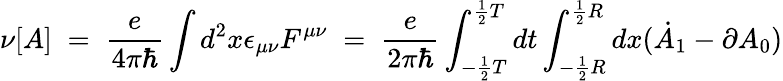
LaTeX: \nu[A]\; =\; \frac{e}{4\pi\hbar}\int d^{2}x\epsilon_{\mu\nu}F^{\mu\nu}\; =\; \frac{e}{2\pi\hbar}\int_{-\frac{1}{2}T}^{\frac{1}{2}T}dt\int_{-\frac{1}{2}{R}}^{\frac{1}{2}{R}}dx(\dot{A}_{1}-\partial A_{0})